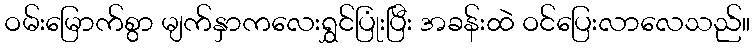
ဝမ်းမြောက်စွာ မျက်နှာကလေးရွှင်ပြုံးပြီး အခန်းထဲ ဝင်ပြေးလာလေသည်။